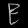
Digit: ၉